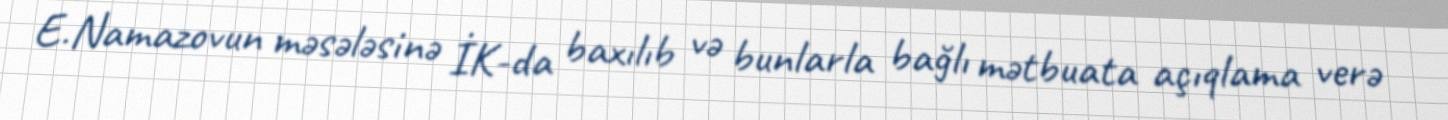
E.Namazovun məsələsinə İK-da baxılıb və bunlarla bağlı mətbuata açıqlama verə